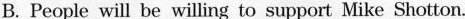
B. People will be willing to support Mike Shotton.